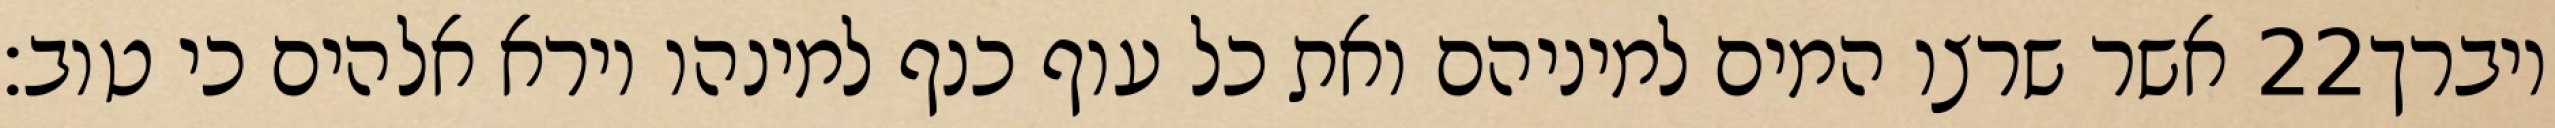
אשר שרצו המים למיניהם ואת כל עוף כנף למינהו וירא אלהים כי טוב׃ ‎22‏ ויברך